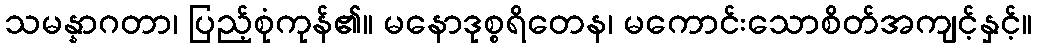
သမန္နာဂတာ၊ ပြည့်စုံကုန်၏။ မနောဒုစ္စရိတေန၊ မကောင်းသောစိတ်အကျင့်နှင့်။